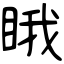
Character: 睋